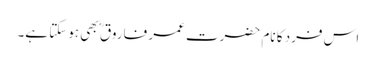
اس فرد کا نام حضرت عمر فاروق ؓ بھی ہوسکتا ہے۔